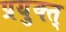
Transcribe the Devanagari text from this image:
प्रयुक्त्